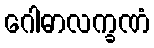
ဂေါဓာလက္ခဏံ